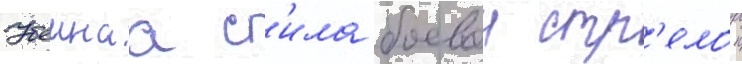
Убоинаа с'ила боевои стр'елои